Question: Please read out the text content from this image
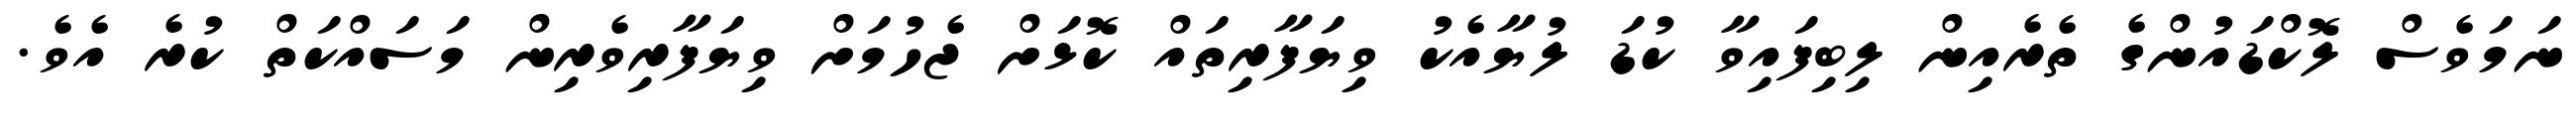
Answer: ނަމަވެސް ލޮކްޑައުންގެ ތެރެއިން ލިބިފައިވާ ކުޑަ ލުޔާއެކު ވިޔަފާރިތައް ކޮޅަށް ޖެހުމަށް ވިޔަފާރިވެރިން މަސައްކަތް ކުރެ އެވެ.